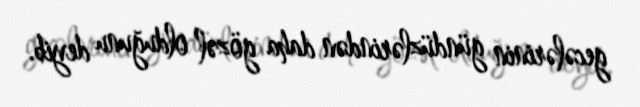
gecələrinin gündüzlərindən daha gözəl olduğunu deyib.